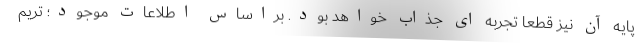
پایه آن نیز قطعا تجربه ای جذاب خواهد بود. براساس اطلاعات موجود؛ تریم